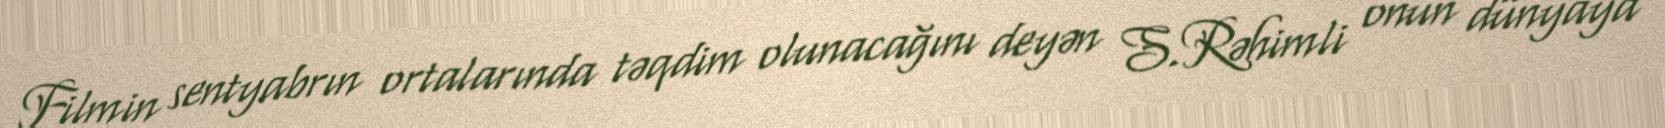
Filmin sentyabrın ortalarında təqdim olunacağını deyən S.Rəhimli onun dünyaya